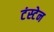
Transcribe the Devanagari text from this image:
टंस्टेन